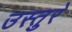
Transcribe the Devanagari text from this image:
उस्तुरे